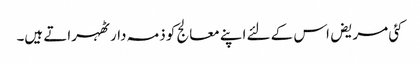
کئی مریض اس کے لئے اپنے معالج کو ذمہ دار ٹھہراتے ہیں۔